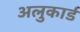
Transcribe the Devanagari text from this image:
अलुकार्ड